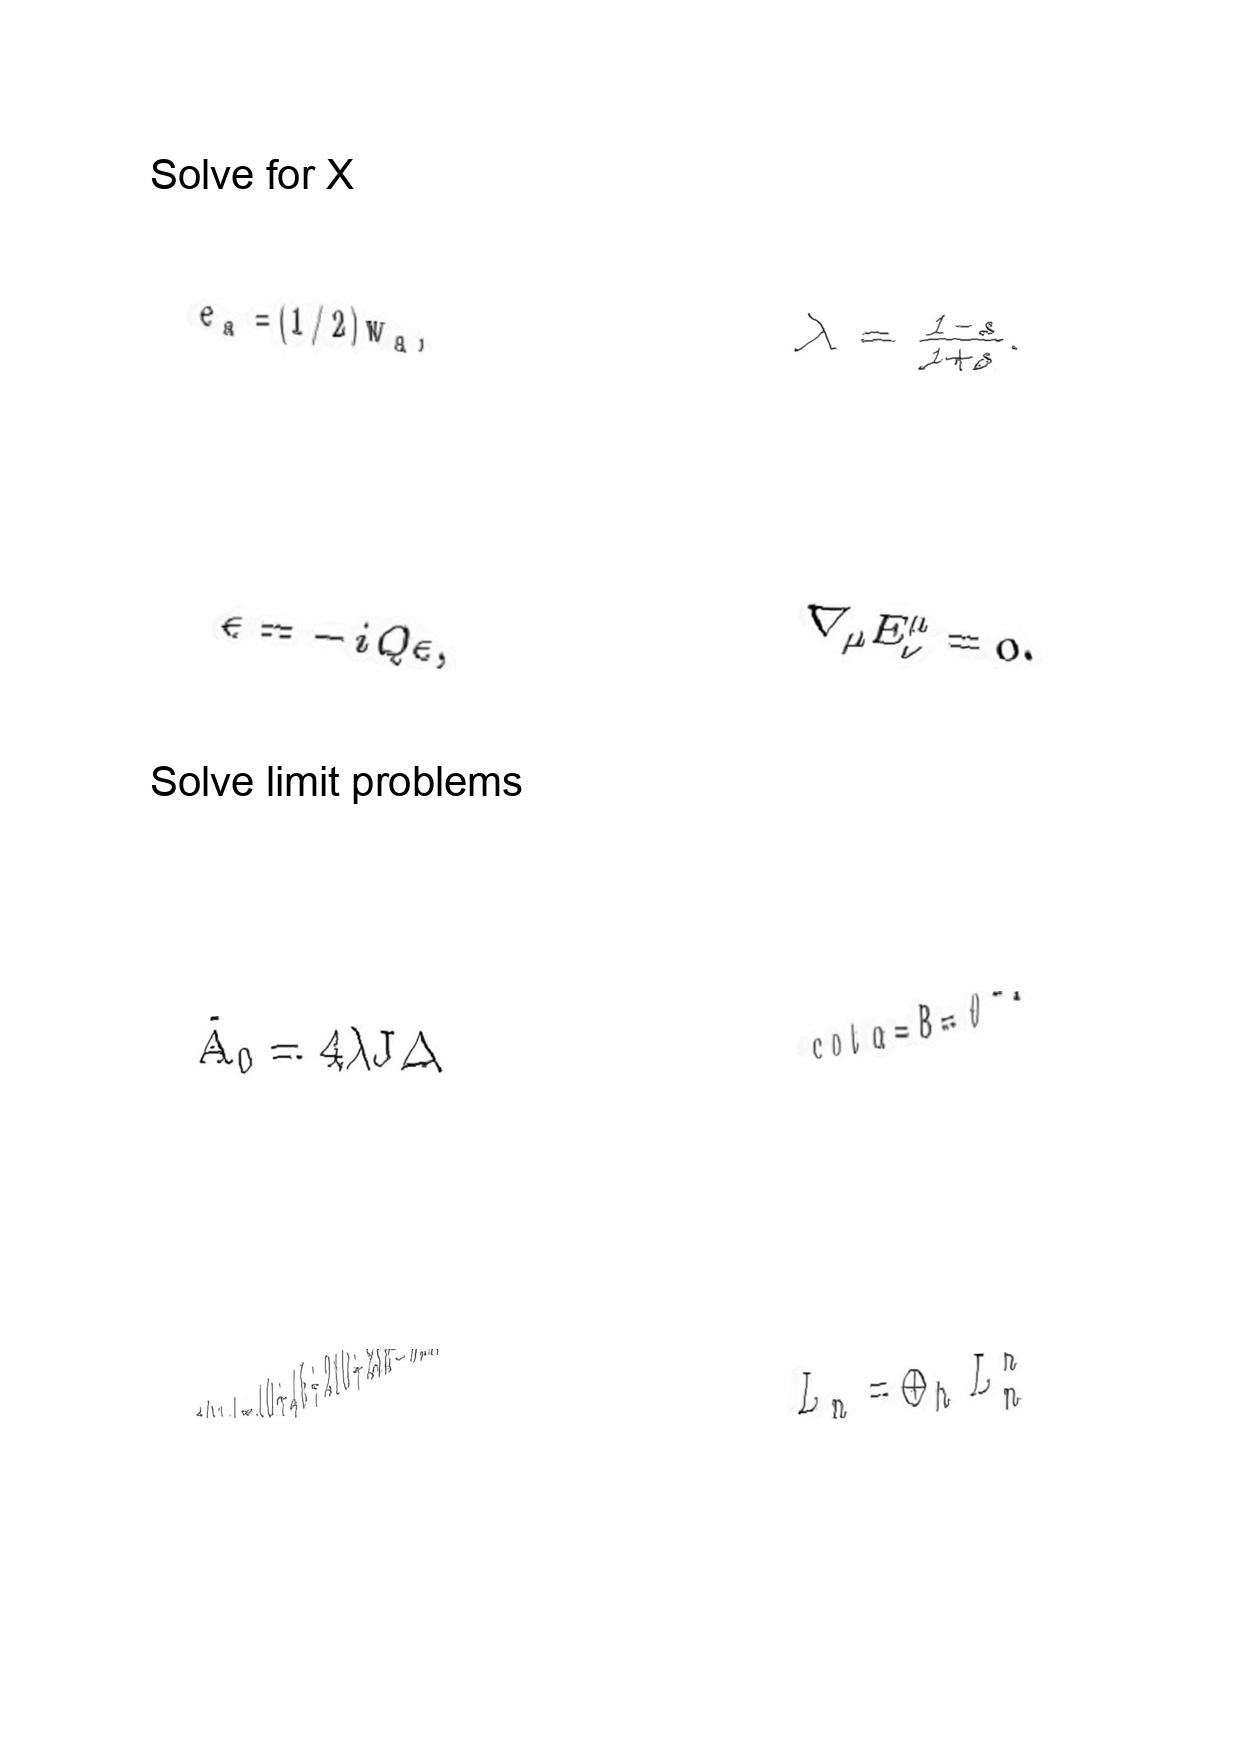
LaTeX transcription:
e _ { a } = \lparen 1 / 2 \rparen w _ { a } ,
\epsilon = - i Q \epsilon ,
\tilde { A } _ { 0 } = 4 \lambda J \Delta
1 0 + 1 + 1 0 + 4 5 + 2 1 0 + 2 5 2 = 5 2 8 .
\lambda = \frac { 1 - s } { 1 + s } .
\nabla _ { \mu } E _ { \nu } ^ { \mu } = 0 .
\mathrm { c o t } \alpha = B = \theta ^ { - 1 }
L _ { n } = \oplus _ { h } L _ { n } ^ { h }